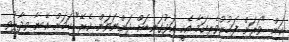
ކަން "ވަރަށް ފަޚުރުވެރިކަމާ އެކީ އަޅުގަނޑަށް ދަންނަވަން ކެރޭ" ކަމަށް އޭނާ ވިދާޅުވި